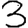
Digit: 3